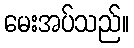
မေးအပ်သည်။